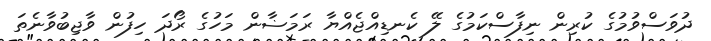
ދުވަސްވުމުގެ ކުރިން ނިފާސްކަމުގެ ލޭ ކެނޑިއްޖެއްޔާ ރަމަޟާން މަހުގެ ރޯދަ ހިފުން ވާޖިބުވާނެތަ